342_HS1-416511228_319.1 Flying Discs 1949
Agency: Department of War
Incident date: 1/9/50
Page 25
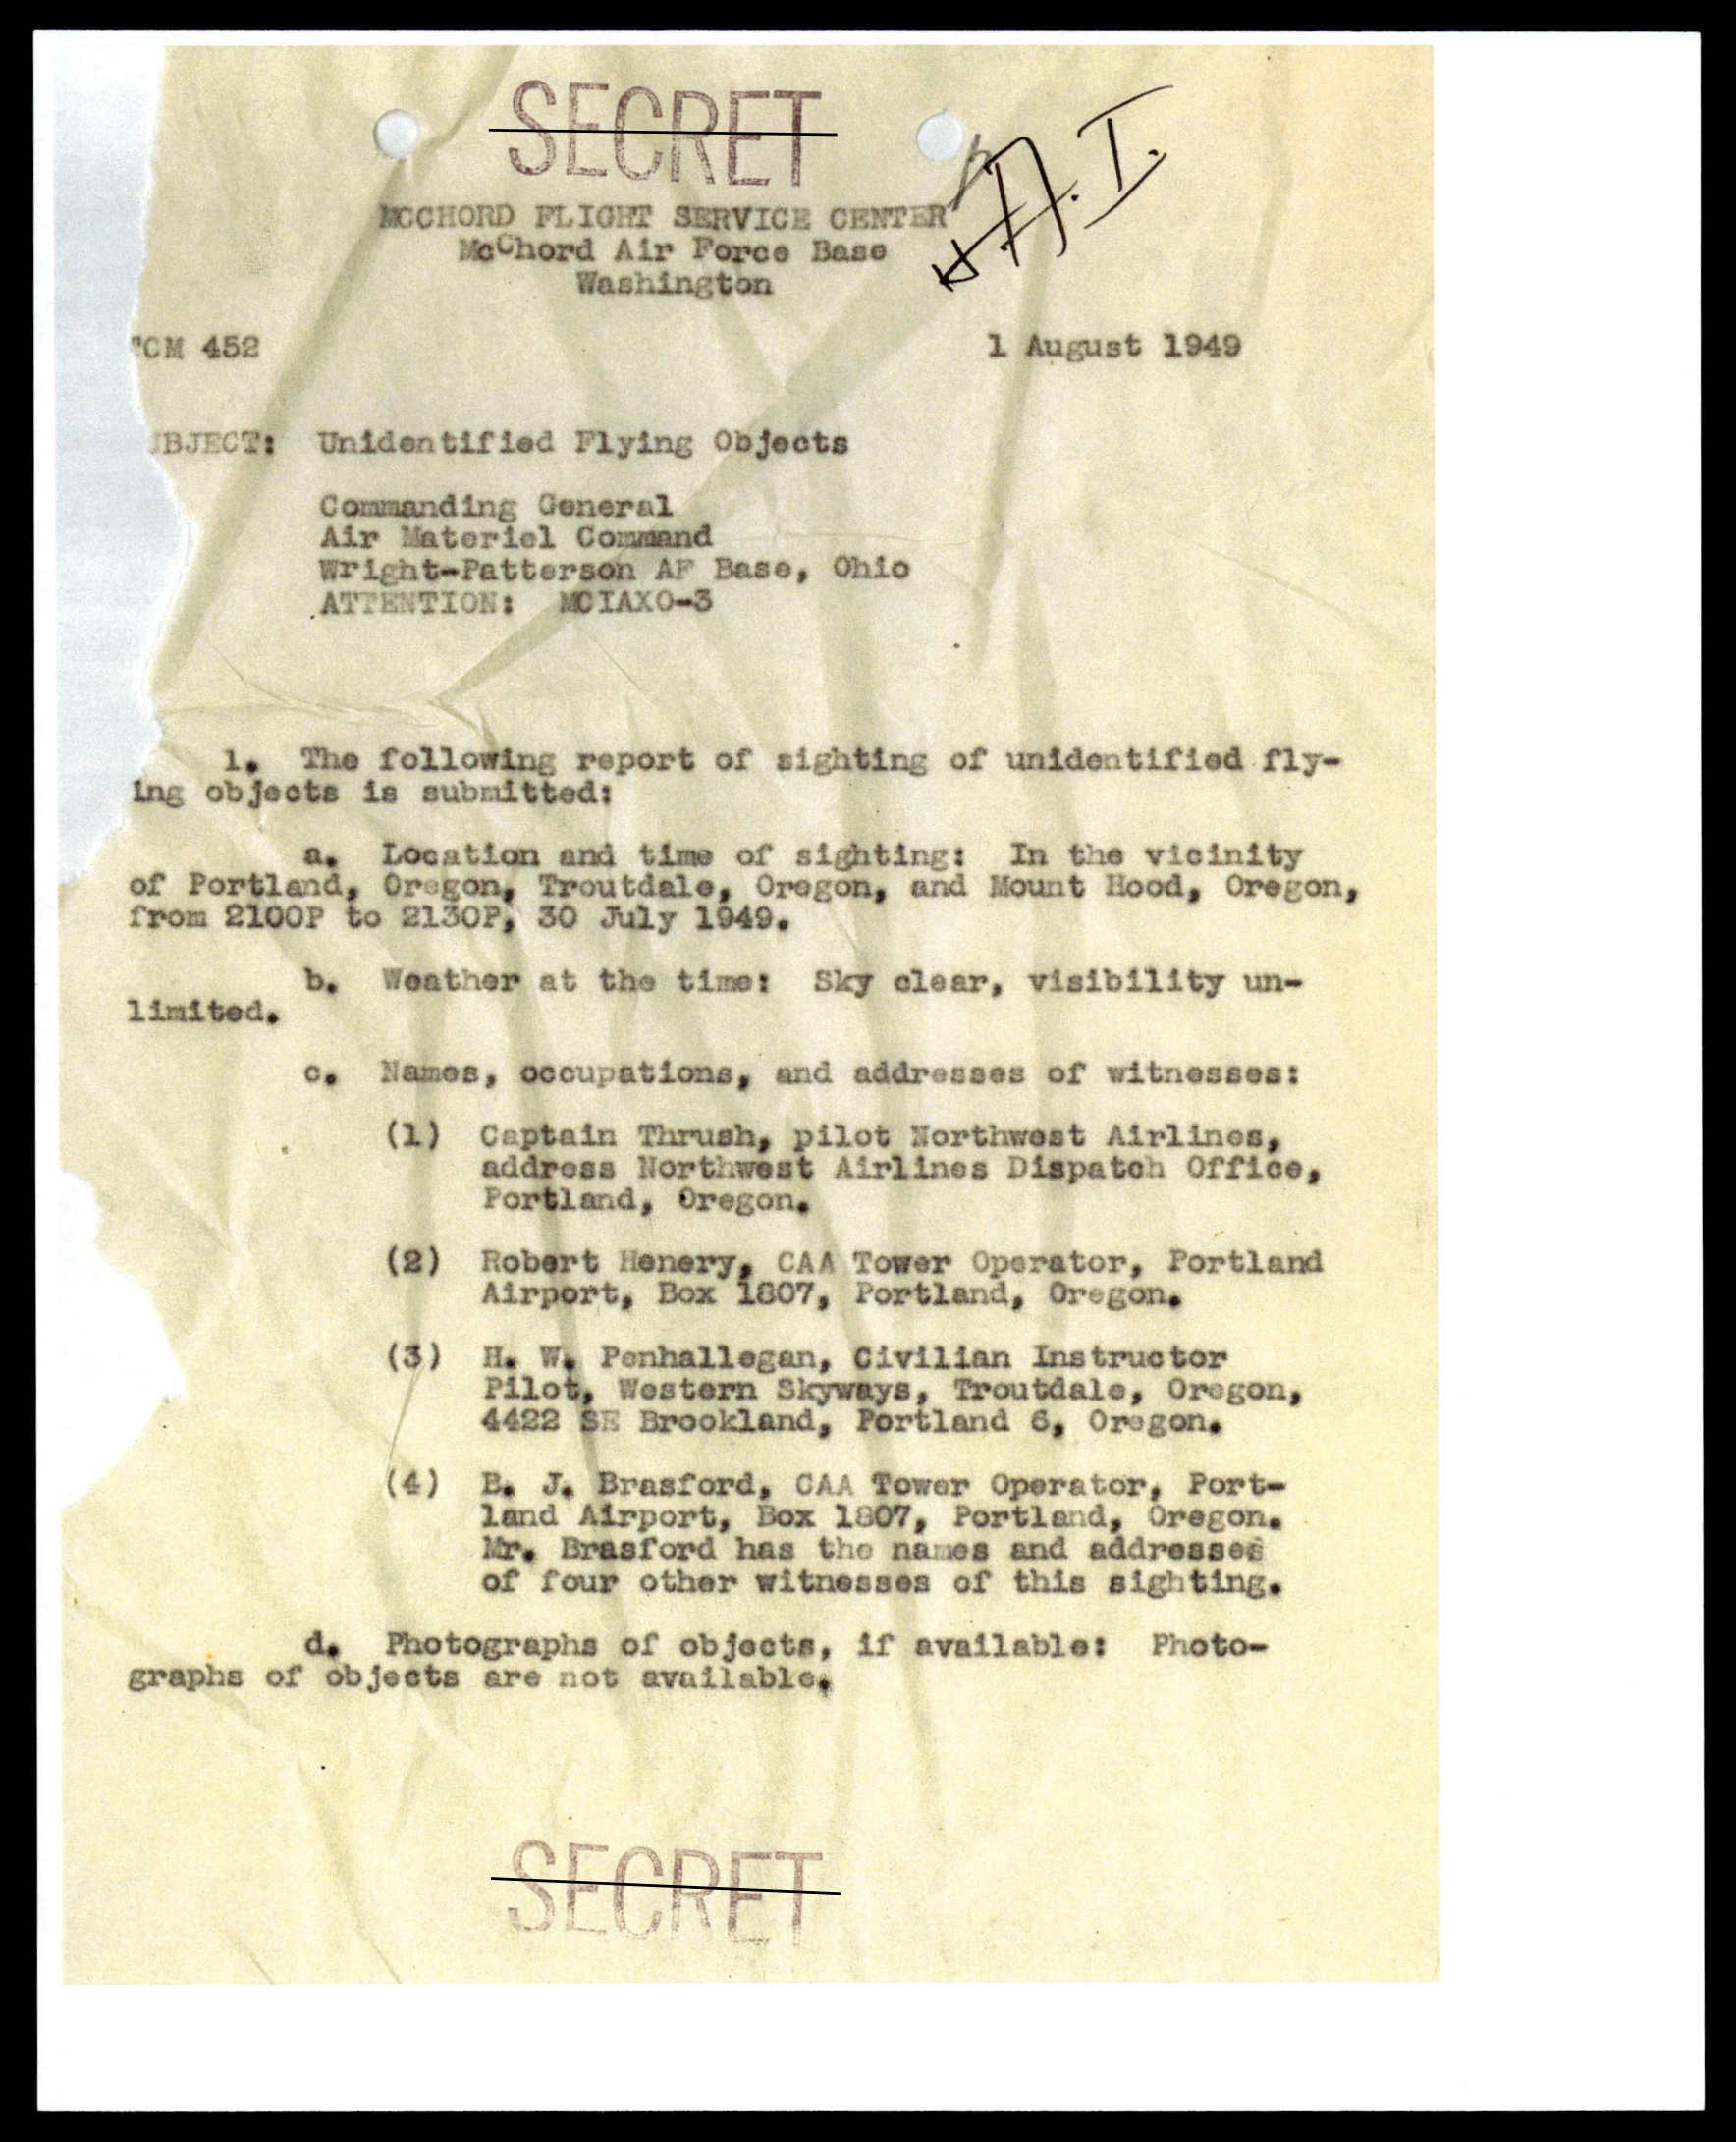